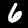
Label: 6